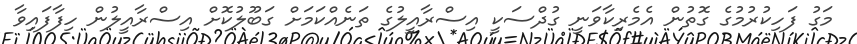
މަގު ފަހިކުރުމުގެ ގޮތުން އެމެރިކާވަނީ ގުދްސަކީ އިސްރާއީލުގެ ތަނެއްކަމަށް ގަބޫލުކޮށް އިސްރާއީލުން ހިފާފައިވާ